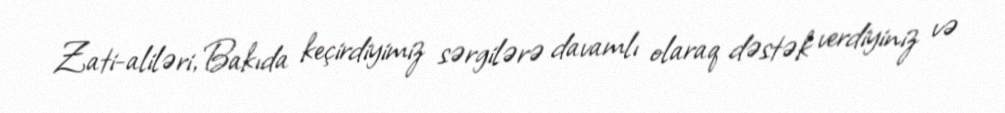
Zati-aliləri, Bakıda keçirdiyimiz sərgilərə davamlı olaraq dəstək verdiyiniz və